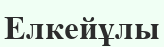
Елкейұлы